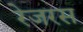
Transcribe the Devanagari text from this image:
रेजरस